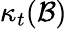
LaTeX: \kappa_{t}({\mathcal{B}})